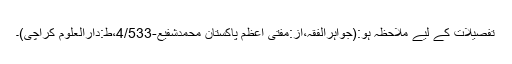
تفصیلات کے لیے ملاحظہ ہو:(جواہرالفقہ،از:مفتی اعظم پاکستان محمدشفیعؒ-4/533،ط:دارالعلوم کراچی)۔